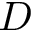
D